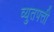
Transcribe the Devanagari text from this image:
व्युतपत्ती